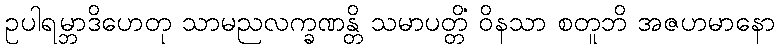
ဥပါရမ္ဘာဒိဟေတု သာမညလက္ခဏန္တိ သမာပတ္တိံ ဝိနသာ စတူဘိ အဇဟမာနော